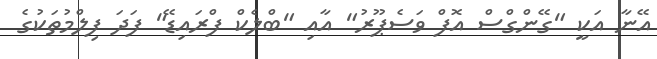
އޭނާ އަކީ "ގޭންގްސް އޮފް ވަސެޕޫރު" އާއި "ބްލެކް ފްރައިޑޭ" ފަދަ ފިލްމުތަކުގެ